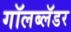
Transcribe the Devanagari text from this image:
गॉलब्लॅडर